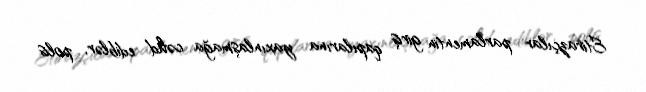
Etirazçılar parlamentin giriş qapılarına yaxınlaşmağa cəhd ediblər, polis